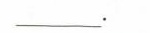
__。